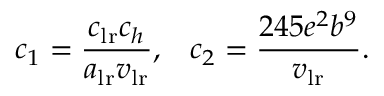
c _ { 1 } = \frac { c _ { \mathrm { l r } } c _ { h } } { a _ { \mathrm { l r } } v _ { \mathrm { l r } } } , \; \; \; c _ { 2 } = \frac { 2 4 5 e ^ { 2 } b ^ { 9 } } { v _ { \mathrm { l r } } } .